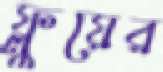
ফ্লুয়ের